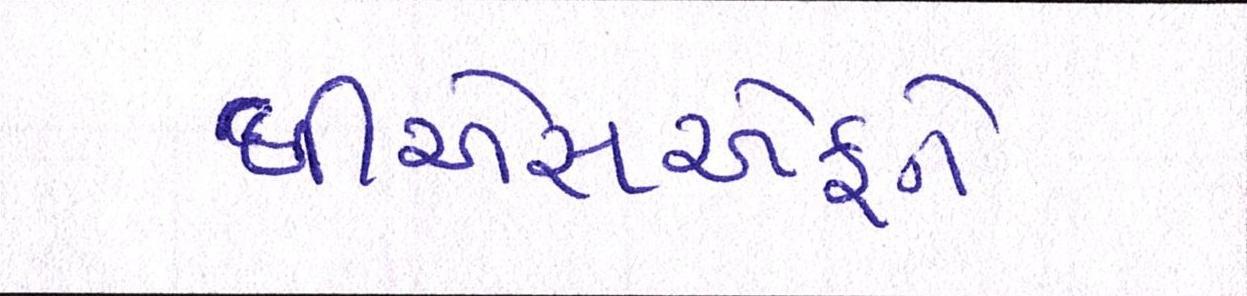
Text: બીએસએફને